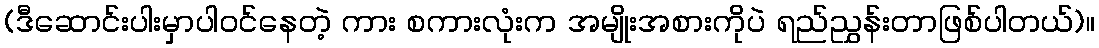
(ဒီဆောင်းပါးမှာပါဝင်နေတဲ့ ကား စကားလုံးက အမျိုးအစားကိုပဲ ရည်ညွှန်းတာဖြစ်ပါတယ်)။